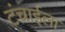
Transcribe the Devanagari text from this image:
टंचाईला